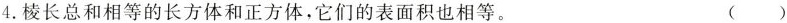
4.棱长总和相等的长方体和正方体，它们的表面积也相等。 ( )